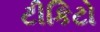
ટીકિટો